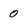
Character: 0